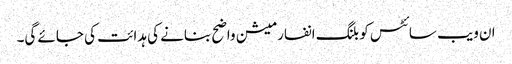
ان ویب سائٹس کو بلنگ انفارمیشن واضح بنانے کی ہدائت کی جائے گی۔